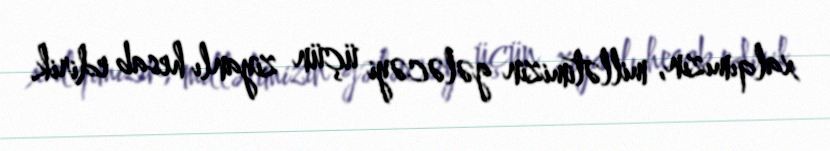
xalqımızın, millətimizin gələcəyi üçün ziyanlı hesab edirik.